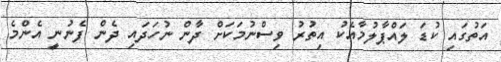
އަތުގައި ކުޑަ ލައްޕާލުމާއެކު އިތުރު ވިސްނުމަކަށް ދާން ނުހަދައި ދެން ފެނުނީ އެންމެ